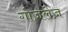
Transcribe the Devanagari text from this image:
गोज़लेज़